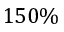
1 5 0 \%